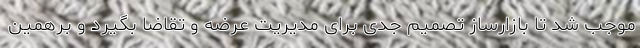
موجب شد تا بازارساز تصمیم جدی برای مدیریت عرضه و تقاضا بگیرد و برهمین